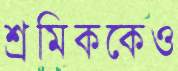
শ্রমিককেও